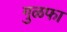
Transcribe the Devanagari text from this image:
गुळफा